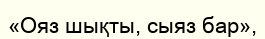
«Ояз шықты, сыяз бар»,